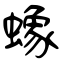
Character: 蟓